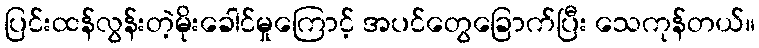
ပြင်းထန်လွန်းတဲ့မိုးခေါင်မှုကြောင့် အပင်တွေခြောက်ပြီး သေကုန်တယ်။